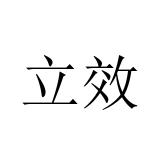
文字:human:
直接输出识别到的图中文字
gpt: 立效